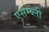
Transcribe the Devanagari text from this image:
एसेम्ब्ली